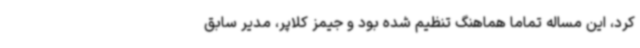
کرد، این مساله تماما هماهنگ تنظیم شده بود و جیمز کلاپر، مدیر سابق